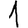
Digit: 1